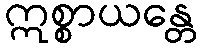
ဣစ္စာယန္တေ